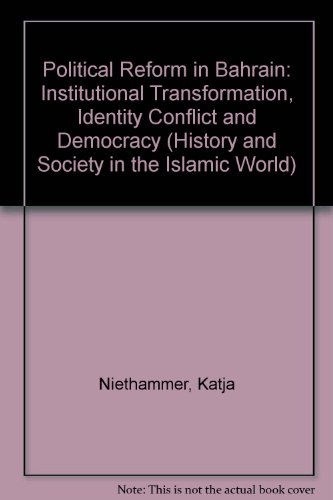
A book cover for Political Reform in Bahrain: Institutional Transformation, Identity Conflict and Democracy (History and Society in the Islamic World); Katja Niethammer; History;